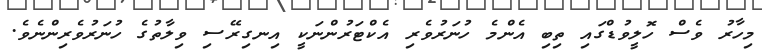
މިހާރު ވެސް ހޮލީވުޑްގައި ތިބި އެންމެ ހުނަރުވެރި އެކްޓަރުންނަކީ އިނގިރޭސި ވިލާތުގެ ހުނަރުވެރިންނެވެ.